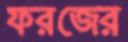
ফরজের